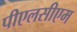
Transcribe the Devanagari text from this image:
पीएलसीएम